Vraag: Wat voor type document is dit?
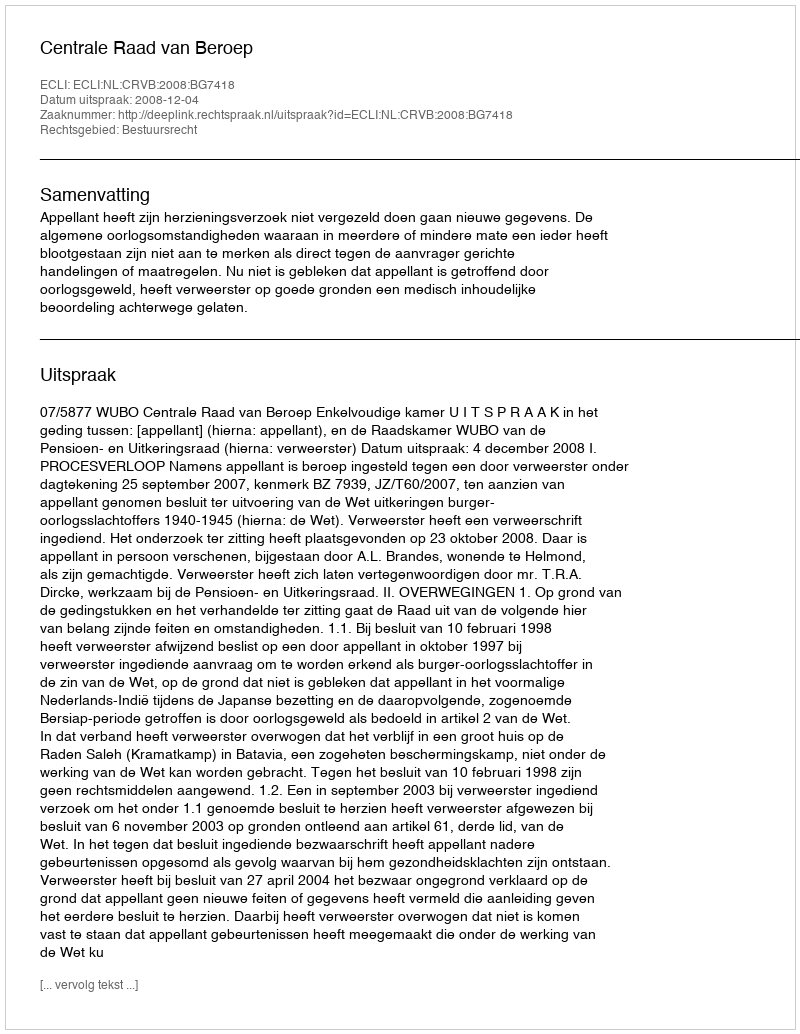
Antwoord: Uitspraak